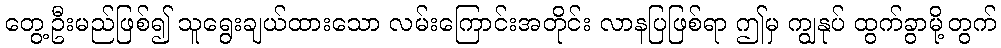
တွေ့ဦးမည်ဖြစ်၍ သူရွေးချယ်ထားသော လမ်းကြောင်းအတိုင်း လာနပြဖြစ်ရာ ဤမှ ကျွနုပ် ထွက်ခွာမို့တွက်